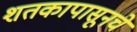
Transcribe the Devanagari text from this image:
शतकापासूनचे